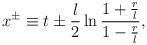
\begin{align*}x^{\pm} \equiv t \pm \frac {l}{2}\ln \frac {1+\frac{r}{l}}{1-\frac{r}{l}},\end{align*}